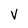
Character: V